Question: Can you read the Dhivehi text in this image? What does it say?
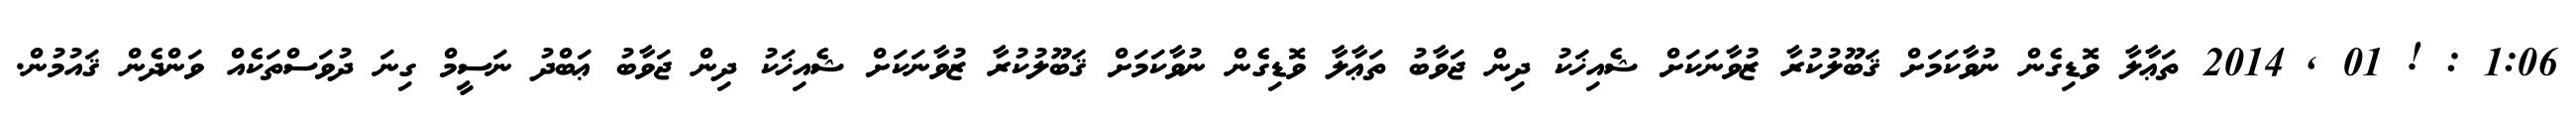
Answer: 1:06 : ! 01 , 2014 ތަޢާލާ ވޮޑިގެން ނުވާކަމަށް ޤަބޫލުކުރާ ޒުވާނަކަށް ޝެއިޚަކު ދިން ޖަވާބު ތަޢާލާ ވޮޑިގެން ނުވާކަމަށް ޤަބޫލުކުރާ ޒުވާނަކަށް ޝެއިޚަކު ދިން ޖަވާބު ޢަބްދު ނަސީމް ގިނަ ދުވަސްތަކެއް ވަންދެން ޤައުމުން.